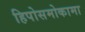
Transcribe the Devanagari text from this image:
हिपोसमोकामा